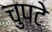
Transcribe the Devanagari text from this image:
चुपटे